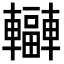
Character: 𨏟